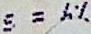
S = 6%